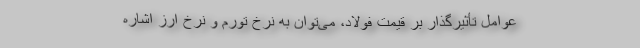
عوامل تأثیرگذار بر قیمت فولاد، می‌توان به نرخ تورم و نرخ ارز اشاره